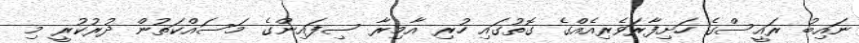
ނައިބު ރައީސްގެ ހަށިފާރަވެރިއެއްގެ ގޮތުގައި ހުރި އާމިރާ ސިފައިންގެ މަސައްކަތުން ދުރުކުރީ މި